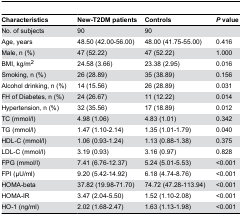
| Characteristics | New-T2DM patients | Controls | P value |
 | --- | --- | --- | --- |
 | No. of subjects | 90 | 90 |  |
 | Age, years | 48.50 (42.00-56.00) | 48.00 (41.75-55.00) | 0.416 |
 | Male, n (%) | 47 (52.22) | 47 (52.22) | 1.000 |
 | BMI, kg/m2 | 24.58 (3.66) | 23.38 (2.95) | 0.016 |
 | Smoking, n (%) | 26 (28.89) | 35 (38.89) | 0.156 |
 | Alcohol drinking, n (%) | 14 (15.56) | 26 (28.89) | 0.031 |
 | FH of Diabetes, n (%) | 24 (26.67) | 11 (12.22) | 0.014 |
 | Hypertension, n (%) | 32 (35.56) | 17 (18.89) | 0.012 |
 | TC (mmol/l) | 4.98 (1.06) | 4.83 (1.01) | 0.342 |
 | TG (mmol/l) | 1.47 (1.10-2.14) | 1.35 (1.01-1.79) | 0.040 |
 | HDL-C (mmol/l) | 1.06 (0.93-1.24) | 1.13 (0.88-1.38) | 0.375 |
 | LDL-C (mmol/l) | 3.19 (0.93) | 3.16 (0.97) | 0.828 |
 | FPG (mmol/l) | 7.41 (6.76-12.37) | 5.24 (5.01-5.53) | <0.001 |
 | FPI (μU/ml) | 9.20 (5.42-14.92) | 6.18 (4.74-8.76) | <0.001 |
 | HOMA-beta | 37.82 (19.98-71.70) | 74.72 (47.28-113.94) | <0.001 |
 | HOMA-IR | 3.47 (2.04-5.50) | 1.52 (1.10-2.08) | <0.001 |
 | HO-1 (ng/ml) | 2.02 (1.68-2.47) | 1.63 (1.13-1.98) | <0.001 |